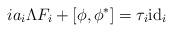
LaTeX: \begin{align*}i a_i \Lambda F_i + [\phi, \phi^*] = \tau_i \mathrm{id}_i\end{align*}